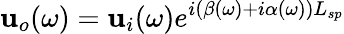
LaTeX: \mathbf{u}_{o}(\omega)=\mathbf{u}_{i}(\omega)e^{i(\beta(\omega)+i\alpha(\omega))L_{sp}}